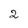
Character: 2